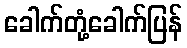
ခေါက်တုံ့ခေါက်ပြန်